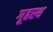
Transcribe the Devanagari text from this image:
गूढस्थ